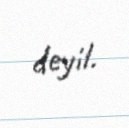
deyil.